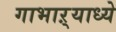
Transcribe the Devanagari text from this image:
गाभाऱ्याध्ये